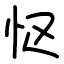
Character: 怄